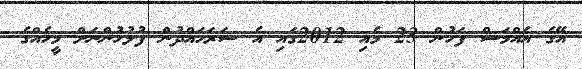
އޭގެ އެއްމަސް ފަހުން 23 މެއި 2012ގައި އެ ސަރަހައްދުން ފުލުހުންނަށް މީހެއްގެ